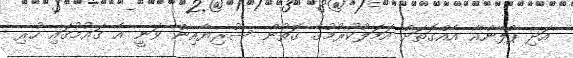
އަދި ޕްލޭންއާ އެއްގޮތަށް އަމަލުކުރުމުގެ ގޮތުން ސޫރިޔާއިން ވަނީ އެ ގައުމުގައި ހުރި